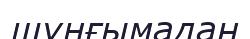
шұңғымадан